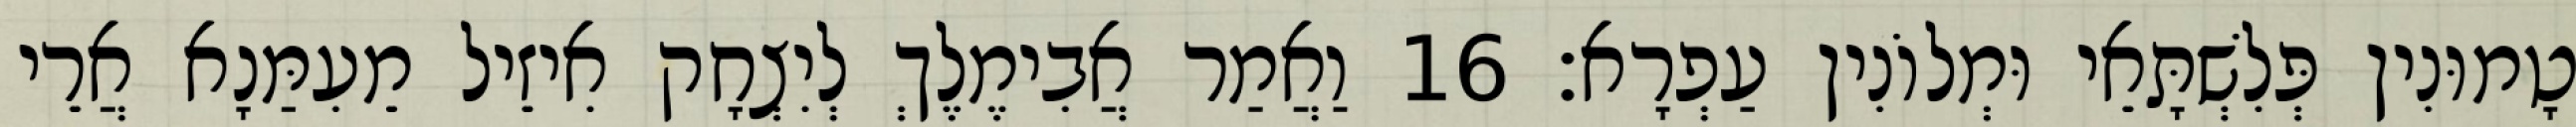
טָמוּנִין פְּלִשְׁתָּאֵי וּמְלוֹנִין עַפְרָא׃ 16 וַאֲמַר אֲבִימֶלֶךְ לְיִצְחָק אִיזֵיל מֵעִמַּנָא אֲרֵי